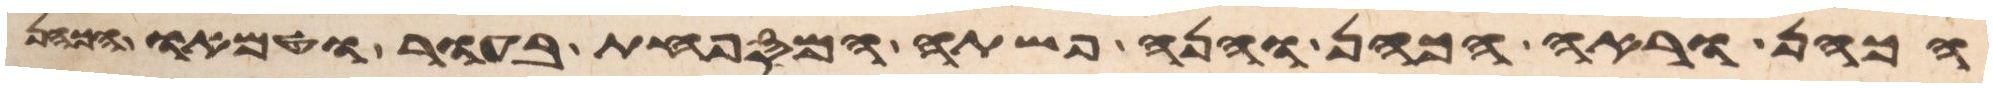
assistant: הכהן וראה הכהן והנה פשתה המספחת בעור וטמאו